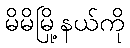
မိမိမြို့နယ်ကို